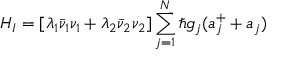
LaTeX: H _ { I } = [ \lambda _ { 1 } \bar { \nu } _ { 1 } \nu _ { 1 } + \lambda _ { 2 } \bar { \nu } _ { 2 } \nu _ { 2 } ] \sum _ { j = 1 } ^ { N } \hbar g _ { j } ( a _ { j } ^ { + } + a _ { j } )